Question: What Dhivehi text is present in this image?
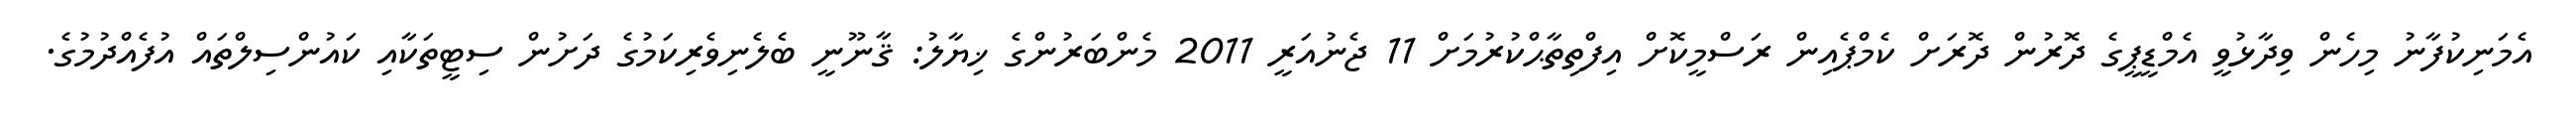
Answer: އެމަނިކުފާނު މިހެން ވިދާޅުވީ އެމްޑީޕީގެ ދޮރުން ދޮރަށް ކެމްޕެއިން ރަސްމީކޮށް އިފްތިތާޙްކުރުމަށް 11 ޖެނުއަރީ 2011 މެންބަރުންގެ ޚިޔާލު: ޤާނޫނީ ބެލެނިވެރިކަމުގެ ދަށުން ސިޓީތަކާއި ކައުންސިލްތައް އުފެއްދުމުގެ.